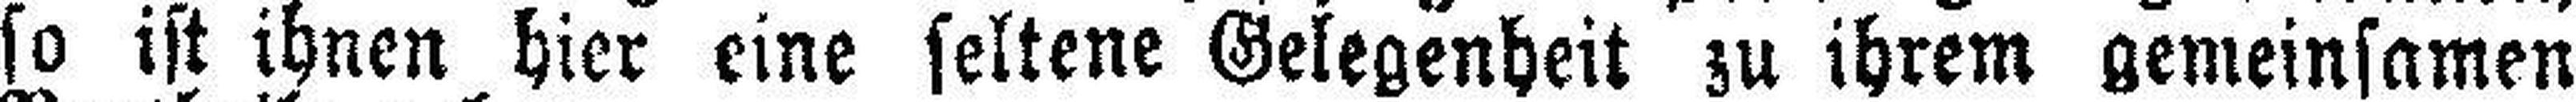
so ist ihnen hier eine seltene Gelegenheit zu ihrem gemeinsamen